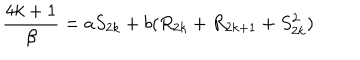
{ \frac { 4 k + 1 } { \beta } } = a S _ { 2 k } + b ( R _ { 2 k } + R _ { 2 k + 1 } + S _ { 2 k } ^ { 2 } )